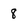
Character: 8